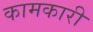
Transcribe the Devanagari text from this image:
कामकारी